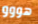
هووو